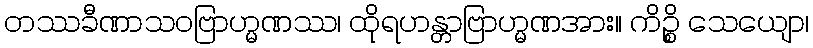
တဿခီဏာသဝဗြာဟ္မဏဿ၊ ထိုရဟန္တာဗြာဟ္မဏအား။ ကိဉ္စိ သေယျော၊